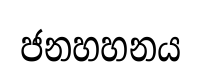
ජනහහනය